EELK_Tartu_Peetri_kogudus_(kirikutahed), lk 166
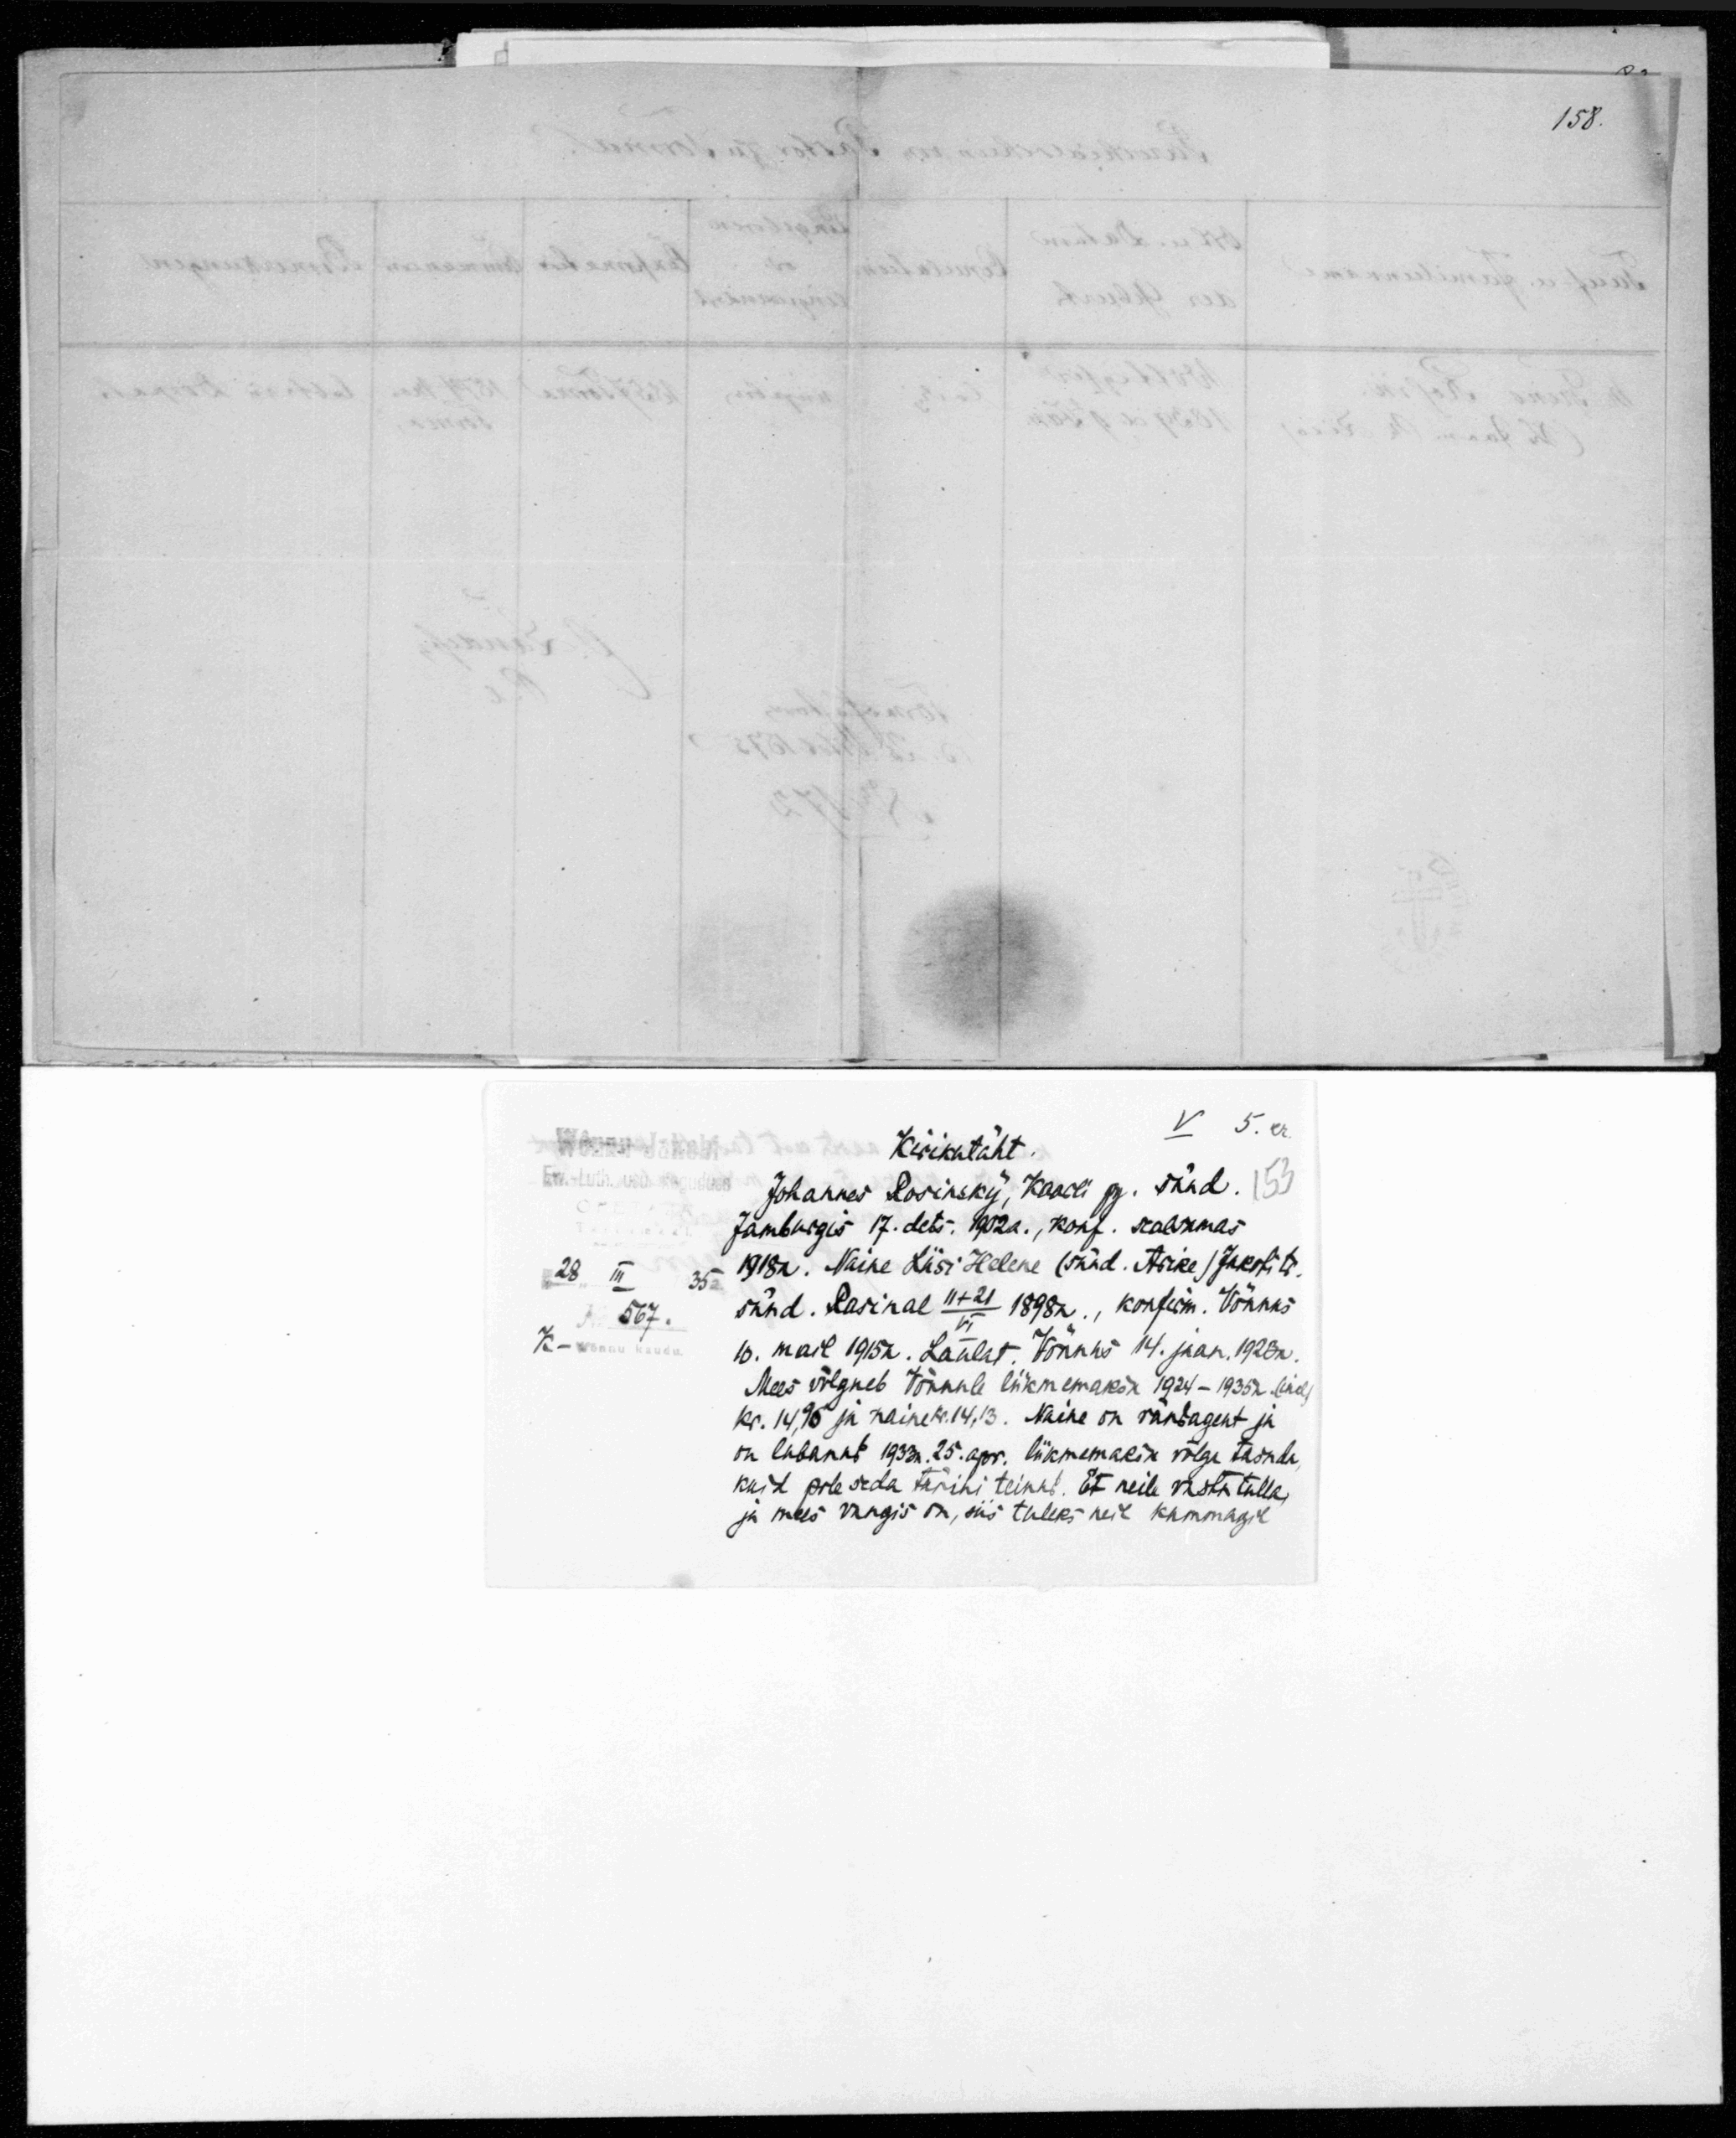
Kirikutäht.
Johannes Rosinsky, Kaarli p. sünd. 153
Jamburgis 17. dets. 1902. konf. sealsamas
1918a. Naine Liisi Helene (sünd. Asike) Jakobi tr.
sünd. Rasinal 11+21/VI 1895a., Konfirm. Võnnus
10 mail 1915a. Laulat. Võnnus 14. jaan. 1923a.
Mees võlgneb Võnnule liikmemaksu 1924-1935a
kr. 14,95 ja naine kr 14,13. Naine on rändagent ja
on lubanud 1933a. 25. apr. liikmemaksu võlga tasuda,
kuid pole seda tänini teinud. Et neile vastu tulla,
ja mees vangis on, siis tuleks neil kummagil

158.